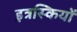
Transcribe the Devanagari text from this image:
इत्रस्कियों